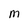
Character: M